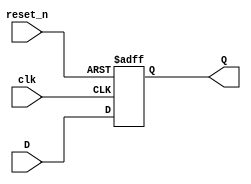
module dff #(parameter WIDTH = 32)(
    input clk, 
    input reset_n, 
    input [WIDTH-1:0] D, 

    output reg [WIDTH-1:0] Q
); 

    always @(posedge clk or negedge reset_n) begin
        if(!reset_n)
            Q <= 0; 
        else   
            Q <= D; 
    end
endmodule